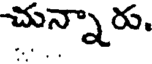
చున్నారు.